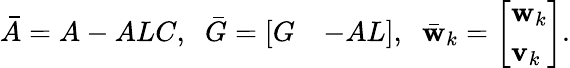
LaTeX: \begin{array}{r}{\bar{A}=A-ALC,\; \; \bar{G}=\left[\begin{array}{ll}{G}&{-AL}\end{array}\right],\; \; \bar{\mathbf{w}}_{k}=\left[\begin{array}{l}{\mathbf{w}_{k}}\\ {\mathbf{v}_{k}}\end{array}\right].}\end{array}